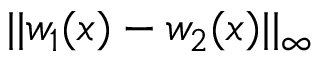
| | w _ { 1 } ( x ) - w _ { 2 } ( x ) | | _ { \infty }